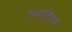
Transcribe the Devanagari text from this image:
तथ्यतालिकाओं